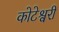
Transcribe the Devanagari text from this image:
कोटेश्वरी